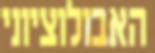
האבולוציוני